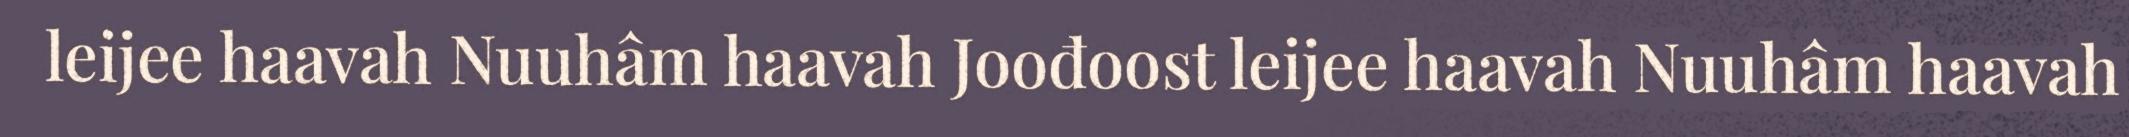
leijee haavah Nuuhâm haavah Joođoost leijee haavah Nuuhâm haavah